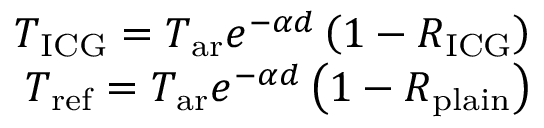
\begin{array} { r } { T _ { \mathrm { I C G } } = T _ { \mathrm { a r } } e ^ { - \alpha d } \left( 1 - R _ { \mathrm { I C G } } \right) } \\ { T _ { \mathrm { r e f } } = T _ { \mathrm { a r } } e ^ { - \alpha d } \left( 1 - R _ { \mathrm { p l a i n } } \right) } \end{array}